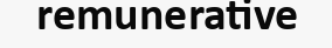
remunerative